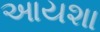
આયશા